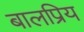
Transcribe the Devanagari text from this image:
बालप्रिय